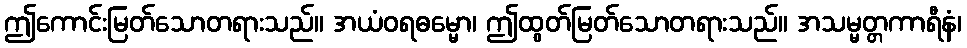
ဤကောင်းမြတ်သောတရားသည်။ အယံဝရဓမ္မော၊ ဤထွတ်မြတ်သောတရားသည်။ အသမ္မတ္တကာရီနံ၊